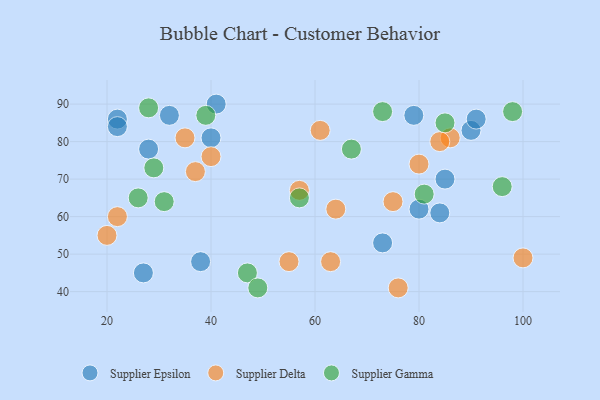
{"axis": {"x": "GDP", "y": "Life Expectancy"}, "legend": ["Supplier Delta", "Supplier Epsilon", "Supplier Gamma"], "data": [{"x": "27", "y": 45, "type": "Supplier Epsilon"}, {"x": "73", "y": 53, "type": "Supplier Epsilon"}, {"x": "79", "y": 87, "type": "Supplier Epsilon"}, {"x": "85", "y": 70, "type": "Supplier Epsilon"}, {"x": "38", "y": 48, "type": "Supplier Epsilon"}, {"x": "22", "y": 86, "type": "Supplier Epsilon"}, {"x": "80", "y": 62, "type": "Supplier Epsilon"}, {"x": "32", "y": 87, "type": "Supplier Epsilon"}, {"x": "22", "y": 84, "type": "Supplier Epsilon"}, {"x": "90", "y": 83, "type": "Supplier Epsilon"}, {"x": "91", "y": 86, "type": "Supplier Epsilon"}, {"x": "28", "y": 78, "type": "Supplier Epsilon"}, {"x": "84", "y": 61, "type": "Supplier Epsilon"}, {"x": "40", "y": 81, "type": "Supplier Epsilon"}, {"x": "41", "y": 90, "type": "Supplier Epsilon"}, {"x": "40", "y": 76, "type": "Supplier Delta"}, {"x": "20", "y": 55, "type": "Supplier Delta"}, {"x": "61", "y": 83, "type": "Supplier Delta"}, {"x": "100", "y": 49, "type": "Supplier Delta"}, {"x": "80", "y": 74, "type": "Supplier Delta"}, {"x": "57", "y": 67, "type": "Supplier Delta"}, {"x": "75", "y": 64, "type": "Supplier Delta"}, {"x": "64", "y": 62, "type": "Supplier Delta"}, {"x": "86", "y": 81, "type": "Supplier Delta"}, {"x": "35", "y": 81, "type": "Supplier Delta"}, {"x": "84", "y": 80, "type": "Supplier Delta"}, {"x": "37", "y": 72, "type": "Supplier Delta"}, {"x": "22", "y": 60, "type": "Supplier Delta"}, {"x": "55", "y": 48, "type": "Supplier Delta"}, {"x": "63", "y": 48, "type": "Supplier Delta"}, {"x": "76", "y": 41, "type": "Supplier Delta"}, {"x": "29", "y": 73, "type": "Supplier Gamma"}, {"x": "67", "y": 78, "type": "Supplier Gamma"}, {"x": "31", "y": 64, "type": "Supplier Gamma"}, {"x": "96", "y": 68, "type": "Supplier Gamma"}, {"x": "85", "y": 85, "type": "Supplier Gamma"}, {"x": "39", "y": 87, "type": "Supplier Gamma"}, {"x": "47", "y": 45, "type": "Supplier Gamma"}, {"x": "28", "y": 89, "type": "Supplier Gamma"}, {"x": "73", "y": 88, "type": "Supplier Gamma"}, {"x": "81", "y": 66, "type": "Supplier Gamma"}, {"x": "49", "y": 41, "type": "Supplier Gamma"}, {"x": "26", "y": 65, "type": "Supplier Gamma"}, {"x": "57", "y": 65, "type": "Supplier Gamma"}, {"x": "98", "y": 88, "type": "Supplier Gamma"}]}